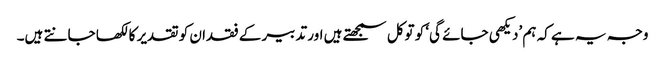
وجہ یہ ہے کہ ہم ’دیکھی جائے گی‘ کو توکل سمجھتے ہیں اور تدبیر کے فقدان کو تقدیر کا لکھا جانتے ہیں۔